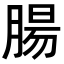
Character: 腸